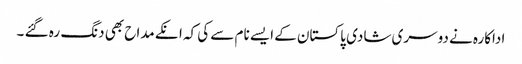
اداکارہ نے دوسری شادی پاکستان کے ایسے نام سے کی کہ انکے مداح بھی دنگ رہ گئے ۔